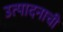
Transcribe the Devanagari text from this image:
उत्‍पादनाची